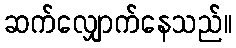
ဆက်လျှောက်နေသည်။